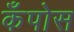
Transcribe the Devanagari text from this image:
कँपोस